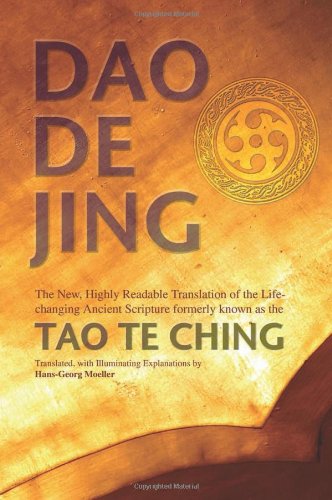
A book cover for Daodejing: The New, Highly Readable Translation of the Life-Changing Ancient Scripture Formerly Known as the Tao Te Ching; Laozi; Religion & Spirituality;